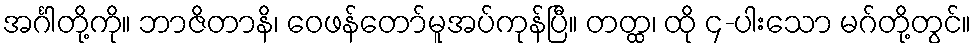
အင်္ဂါတို့ကို။ ဘာဇိတာနိ၊ ဝေဖန်တော်မူအပ်ကုန်ပြီ။ တတ္ထ၊ ထို ၄-ပါးသော မဂ်တို့တွင်။